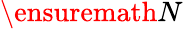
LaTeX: \ensuremath{N}